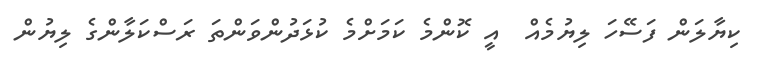
ކިޔާލަން ފަސޭހަ ލިޔުމެއް  އީ ކޮންމެ ކަމަށްމެ ކުޅަދުންވަންތަ ރަސްކަލާންގެ ލިޔުން